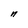
Character: n